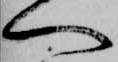
へ